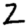
Digit: 2